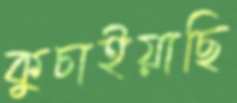
কুচাইয়াছি